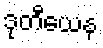
ဒုတီယေန